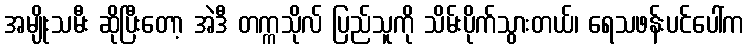
အမျိုးသမီး ဆိုပြီးတော့ အဲဒီ တက္ကသိုလ် ပြည်သူကို သိမ်းပိုက်သွားတယ်၊ ရေသဖန်းပင်ပေါ်က